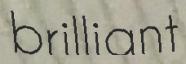
brilliant